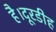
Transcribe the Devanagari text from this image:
है।दूरडीह